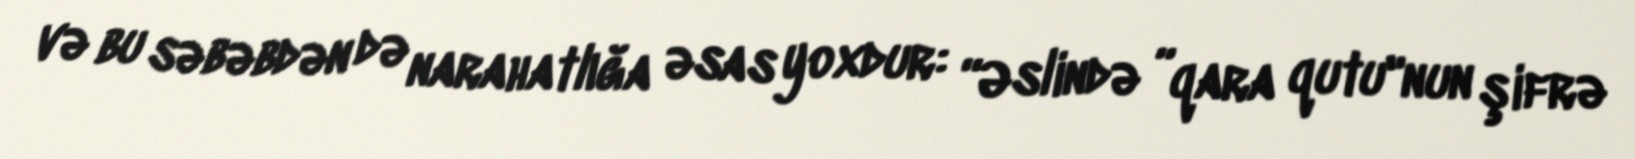
və bu səbəbdən də narahatlığa əsas yoxdur: “Əslində ”qara qutu"nun şifrə